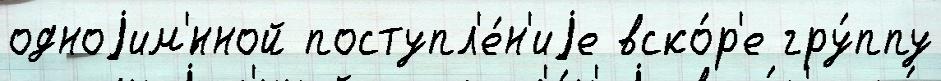
одноjим'́нной поступл'е́н'иjе вско́р'е гру́ппу